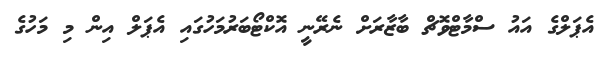
އެޕަލްގެ އައު ސްމާޓްވޮޗް ބާޒާރަށް ނެރޭނީ އޮކްޓޯބަރުމަހުގައި އެޕަލް އިން މި މަހުގެ